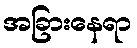
အခြားနေရာ